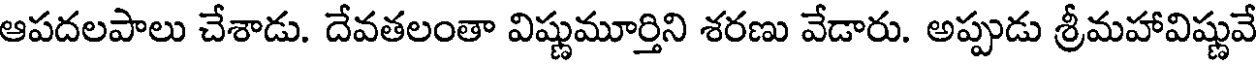
ఆపదలపాలు చేశాడు. దేవతలంతా విష్ణుమూర్తిని శరణు వేడారు. అప్పుడు శ్రీమహావిష్ణువే